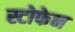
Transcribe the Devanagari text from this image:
स्टोफेन